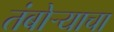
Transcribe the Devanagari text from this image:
तंबोऱ्याचा